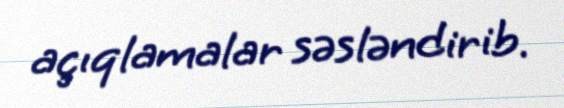
açıqlamalar səsləndirib.